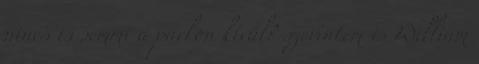
nincs is semmi a parkon kívül? szerintem is William